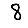
Digit: 8